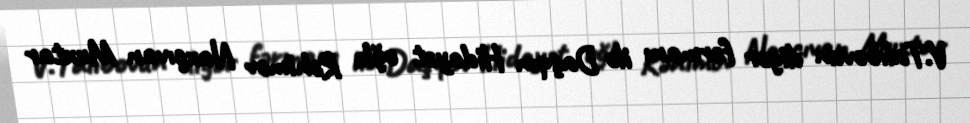
V.Talıbovun digər fərmanı ilə Daşqın Hidayət oğlu Rəhimov Naxçıvan Muxtar